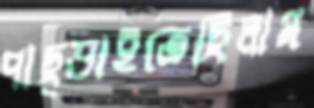
পাছ্‌ড়াইতেছিলাম